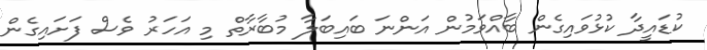
ކުޑައީދާ ކުޅުވައިގެން ބާއްވަމުން އަންނަ ބައިބަލާ މުބާރާތް މި އަހަރު ވެސް ފަށައިގެން